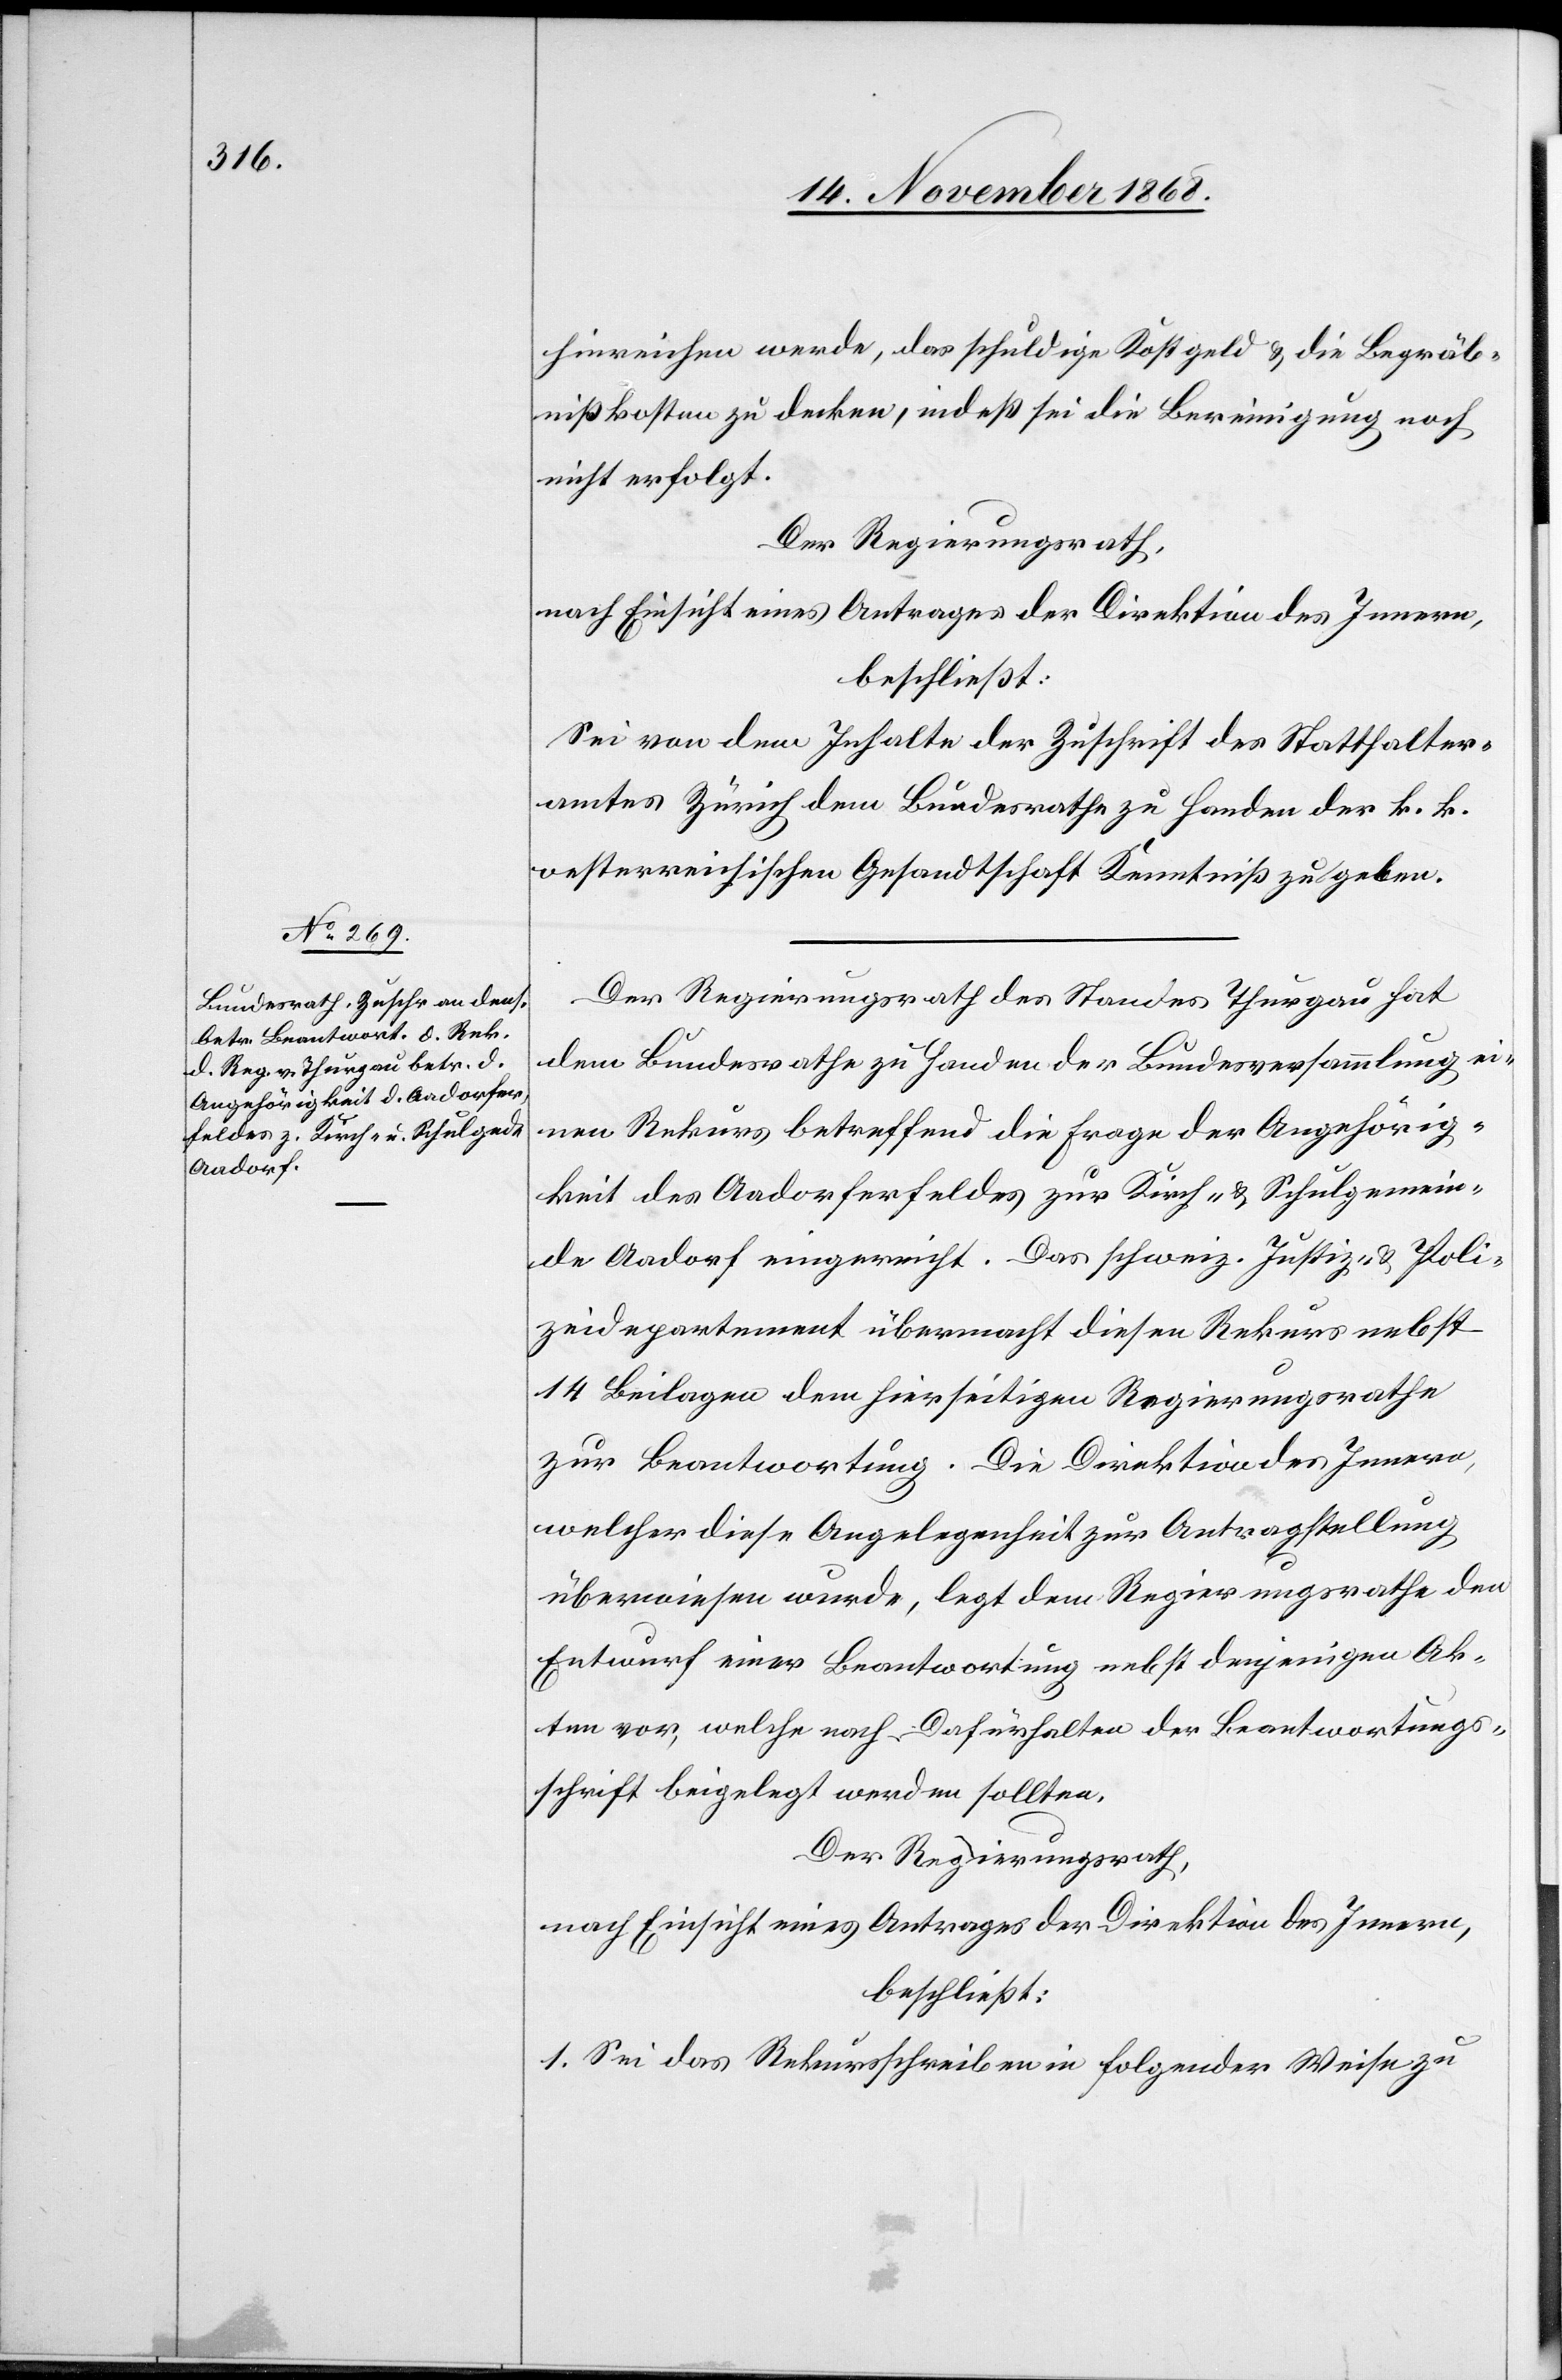
hinreichen werde, das schuldige Kostgeld & die Begräb¬
nißkosten zu decken, indeß sei die Bereinigung noch
nicht erfolgt.
Der Regierungsrath,
nach Einsicht eines Antrages der Direktion des Innern,
beschließt:
Sei von dem Inhalte der Zuschrift des Statthalter¬
amtes Zürich dem Bundesrathe zu Handen der k. k.
oesterreichischen Gesandtschaft Kenntniß zu geben.
Der Regierungsrath des Standes Thurgau hat
dem Bundesrathe zu Handen der Bundesversammlung ei¬
nen Rekurs betreffend die Frage der Angehörig¬
keit des Aadorferfeldes zur Kirch- & Schulgemein¬
de Aadorf eingereicht. Das schweiz. Justiz- & Poli¬
zeidepartement übermacht diesen Rekurs nebst
14 Beilagen dem hierseitigen Regierungsrathe
zur Beantwortung. Die Direktion des Innern,
welcher diese Angelegenheit zur Antragstellung
überwiesen wurde, legt dem Regierungsrathe den
Entwurf einer Beantwortung nebst denjenigen Ak¬
ten vor, welche nach Dafürhalten der Beantwortungs¬
schrift beigelegt werden sollten.
Der Regierungsrath,
nach Einsicht eines Antrages der Direktion des Innern,
beschließt:
1. Sei das Rekursschreiben in folgender Weise zu